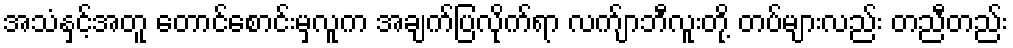
အသံနှင့်အတူ တောင်စောင်းမှလူက အချက်ပြလိုက်ရာ လက်ျာဘီလူးတို့ တပ်များလည်း တညီတည်း